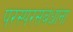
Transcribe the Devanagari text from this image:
परस्परसंबंधांना